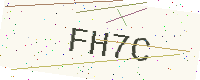
Text: FH7C